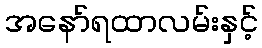
အနော်ရထာလမ်းနှင့်